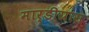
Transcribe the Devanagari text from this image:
मार्डीग्रास